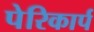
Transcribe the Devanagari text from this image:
पेरिकार्प